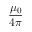
\frac { \mu _ { 0 } } { 4 \pi }